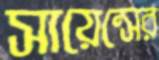
সায়েন্সের